Annual report on the lock hospitals of the Madras Presidency
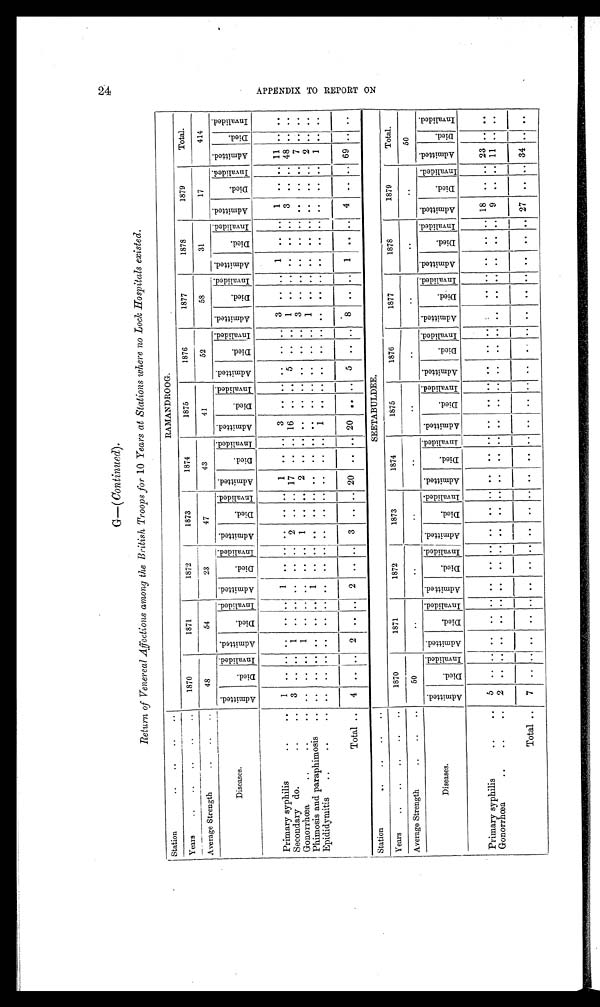
G—(Continued).
Return of Venereal Affections among the British Troops for 10 Years at Stations where no Lock Hospitals existed.
Station
..
..
..
..
RAMANDROOG.
Years
..
..
..
..
..
1870
1871
1872
1873
1874
1875
1876
1877
1878
1879
Total.
Average Strength
..
..
..
48
54
23
47
43
41
52
58
31
17
414
Diseases.
A d m i t t e d .
D i e d . I n v a l i d e d .
Admi t t ed.
D i e d .
I n v a l i d e d . A d m i t t e d .
D i e d .
I n v a l i d e d . A d m i t t e d .
D i e d .
I n v a l i d e d . Ad mi t t e d .
D i e d .
I n v a l i d e d .
A d m i t t e d .
D i e d .
I n v a l i d e d .
A d m i t t e d .
Di e d .
I n v a l i d e d .
A d m i t t e d .
D i e d .
I n v a l i d e d . A d m i t t e d .
D i e d .
I n v a l i d e d . A d m i t t e d .
D i e d .
I n v a l i d e d .
A d m i t t e d .
D i e d .
I n v a l i d e d .
Primary syphilis
..
. .
1
. . . . ..
. . . . 1
. . ..
. .
. . . . 1
. .
..
3
. . . .
. .
..
. .
3
. . . .
1
. .
. . 1
. .
. . 11 . .
. .
Secondary do.
. .
. .
3
. . . . 1
. . . . . .
. . ..
2
. . . . 17
. .
.. 16
. . . .
5 ..
. .
1
. . . .
. . ..
. .
3 ..
. . 48
. . . .
Gonorrhoea
..
..
. .
. .
. . . . 1
. . . . . .
. . ..
1
. . . . 2
. .
.. ..
. . . .
. . ..
. .
3
. . . .
. . ..
. .
. . ..
. . 7
. .
. .
Phimosis and paraphimosis
. .
. .
. . . . ..
. . . . 1
. . ..
. .
. . . . ..
. .
.. ..
. . . .
. . ..
. .
1
. . . .
. . ..
. .
. . ..
. . 2
. .
. .
Epididymitis.
..
. .
. .
. . . . ..
. . . . . .
. . ..
. .
. . . . ..
. . .. 1
. . . .
. . ..
. .
. .
. . . .
. . ..
. .
. . ..
. . 1
. .
. .
Total
4
. .
. .
2
. . ..
. . . . ..
3
. . . . 20
. . .. 20
. . . .
5
..
. .
8
. . . .
1
. . ..
4
..
. . 69 . . . .
Station
..
..
..
..
SEETABULDEE.
Years
..
..
..
..
..
1870
1871
1872
1873
1874
1875
1876
1877
1878
1879
Total.
Average Strength
..
..
..
50
..
..
..
..
..
..
..
..
..
50
Diseases.
A d m i t t e d .
D i e d .
I n v a l i d e d . Admi t t ed.
D i e d .
I nval i ded. A d m i t t e d .
D i e d .
I nval i ded. A d m i t t e d .
D i e d .
I n v a l i d e d .
Admi t t e d.
D i e d .
I n v a l i d e d . Admi t t ed.
D i e d .
I n v a l i d e d .
A d m i t t e d .
D i e d .
I n v a l i d e d . A d m i t t e d .
D i e d .
I n v a l i d e d .
A d m i t t e d .
D i e d .
I nva l i de d. Ad mi t t e d .
D i e d .
I n v a l i d e d .
A d m i t t e d .
D i e d .
I n v a l i d e d .
Primary syphilis
..
..
5
. . . .
. . . . . .
. .
. . . .
. .
. .
. .
. .
. .
. . . .
. . . .
. .
. . . .
. .
. . . .
. .
. .
. . 18
. . .. 23 .. ..
Gonorrhoea
..
..
..
2
. . . .
. . . . . .
. .
. . . .
. .
. .
. .
. .
. .
. . . .
. . . .
. .
. . . .
. .
. . . .
. .
. . . .
9
. . . .
1 1 .. ..
Total ..
A P P E N D I X T O R E P O R T O N